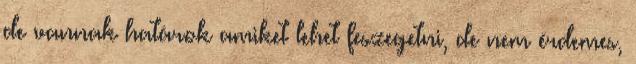
de vannak határok amiket lehet feszegetni, de nem érdemes,